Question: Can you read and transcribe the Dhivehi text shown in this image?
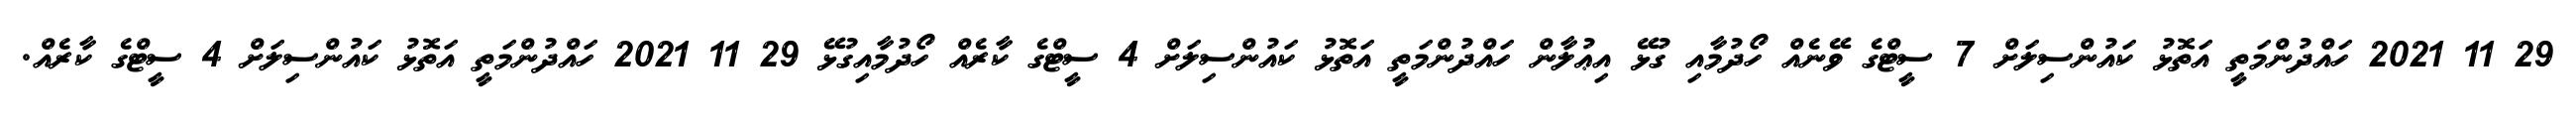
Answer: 29 11 2021 ހައްދުންމަތީ އަތޮޅު ކައުންސިލަށް 7 ސީޓްގެ ވޭނެއް ހޯދުމާއި ގުޅޭ އިޢުލާން ހައްދުންމަތީ އަތޮޅު ކައުންސިލަށް 4 ސީޓްގެ ކާރެއް ހޯދުމާއިގުޅޭ 29 11 2021 ހައްދުންމަތީ އަތޮޅު ކައުންސިލަށް 4 ސީޓްގެ ކާރެއް.